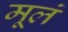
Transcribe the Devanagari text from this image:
मूलं